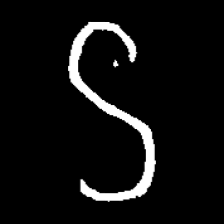
Pyu character \u2014 Myanmar letter: ဌ (romanized: ttha)